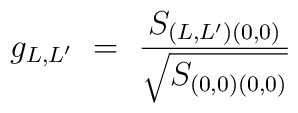
g_{L,L'}\ =\ \frac{S_{(L,L') (0,0)}}{\sqrt{S_{(0,0) (0,0)}}}